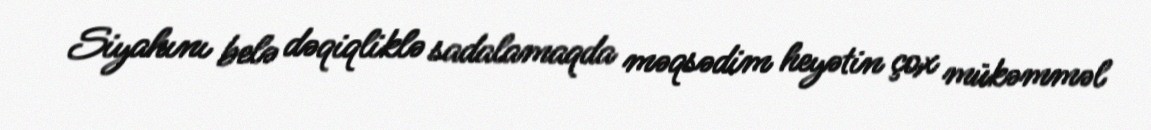
Siyahını belə dəqiqliklə sadalamaqda məqsədim heyətin çox mükəmməl